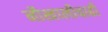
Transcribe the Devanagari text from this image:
नौखालीचाही